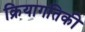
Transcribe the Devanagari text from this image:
क्रियागतिकी